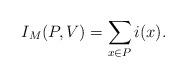
LaTeX: \begin{align*}I_M(P,V) = \sum_{x \in P} i(x).\end{align*}